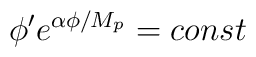
\phi^{\prime}e^{\alpha\phi/M_{p}}=const